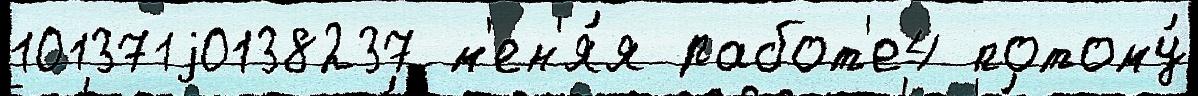
101371j0138237 м'ен'я́я работ'е4 потому́